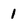
Character: 1